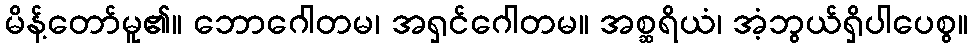
မိန့်တော်မူ၏။ ဘောဂေါတမ၊ အရှင်ဂေါတမ။ အစ္ဆရိယံ၊ အံ့ဘွယ်ရှိပါပေစွ။